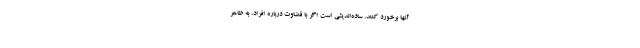
آنها برخورد کنند. ساده‌اندیشی است اگر با قضاوت درباره افراد، به ظاهر